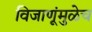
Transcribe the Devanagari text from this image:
विजाणूंमुळेच